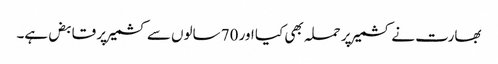
بھارت نے کشمیر پر حملہ بھی کیا اور 70 سالوں سے کشمیر پر قابض ہے۔